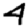
Digit: 4